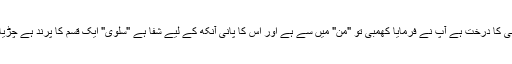
بعض کہنے لگے کھمبی کا درخت ہے آپ نے فرمایا کھمبی تو "من" میں سے ہے اور اس کا پانی آنکھ کے لیے شفا ہے "سلویٰ" ایک قسم کا پرند ہے چڑیا سے کچھ بڑا ہوتا ہے۔